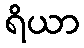
ရိယာ